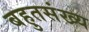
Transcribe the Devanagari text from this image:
बहुतसंख्य